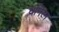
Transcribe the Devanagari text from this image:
धनिरम